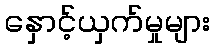
နှောင့်ယှက်မှုများ